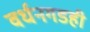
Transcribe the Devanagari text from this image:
वर्धनगडही